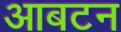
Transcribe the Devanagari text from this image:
आबटन